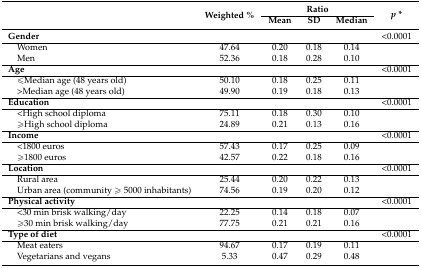
<table><thead><tr><td rowspan="2"></td><td rowspan="2"><b>Weighted %</b></td><td colspan="3"><b>Ratio</b></td><td rowspan="2"><b><i>p</i> *</b></td></tr><tr><td><b>Mean</b></td><td><b>SD</b></td><td><b>Median</b></td></tr></thead><tbody><tr><td><b>Gender</b></td><td></td><td></td><td></td><td></td><td>&lt;0.0001</td></tr><tr><td> Women</td><td>47.64</td><td>0.20</td><td>0.18</td><td>0.14</td><td></td></tr><tr><td> Men</td><td>52.36</td><td>0.18</td><td>0.28</td><td>0.10</td><td></td></tr><tr><td><b>Age</b></td><td></td><td></td><td></td><td></td><td>&lt;0.0001</td></tr><tr><td> ≤Median age (48 years old)</td><td>50.10</td><td>0.18</td><td>0.25</td><td>0.11</td><td></td></tr><tr><td> &gt;Median age (48 years old)</td><td>49.90</td><td>0.19</td><td>0.18</td><td>0.13</td><td></td></tr><tr><td><b>Education</b></td><td></td><td></td><td></td><td></td><td>&lt;0.0001</td></tr><tr><td> &lt;High school diploma</td><td>75.11</td><td>0.18</td><td>0.30</td><td>0.10</td><td></td></tr><tr><td> ≥High school diploma</td><td>24.89</td><td>0.21</td><td>0.13</td><td>0.16</td><td></td></tr><tr><td><b>Income</b></td><td></td><td></td><td></td><td></td><td>&lt;0.0001</td></tr><tr><td> &lt;1800 euros</td><td>57.43</td><td>0.17</td><td>0.25</td><td>0.09</td><td></td></tr><tr><td> ≥1800 euros</td><td>42.57</td><td>0.22</td><td>0.18</td><td>0.16</td><td></td></tr><tr><td><b>Location</b></td><td></td><td></td><td></td><td></td><td>&lt;0.0001</td></tr><tr><td> Rural area</td><td>25.44</td><td>0.20</td><td>0.22</td><td>0.13</td><td></td></tr><tr><td> Urban area (community ≥ 5000 inhabitants)</td><td>74.56</td><td>0.19</td><td>0.20</td><td>0.12</td><td></td></tr><tr><td><b>Physical activity</b></td><td></td><td></td><td></td><td></td><td>&lt;0.0001</td></tr><tr><td> &lt;30 min brisk walking/day</td><td>22.25</td><td>0.14</td><td>0.18</td><td>0.07</td><td></td></tr><tr><td> ≥30 min brisk walking/day</td><td>77.75</td><td>0.21</td><td>0.21</td><td>0.16</td><td></td></tr><tr><td><b>Type of diet</b></td><td></td><td></td><td></td><td></td><td>&lt;0.0001</td></tr><tr><td> Meat eaters</td><td>94.67</td><td>0.17</td><td>0.19</td><td>0.11</td><td></td></tr><tr><td> Vegetarians and vegans</td><td>5.33</td><td>0.47</td><td>0.29</td><td>0.48</td><td></td></tr></tbody></table>